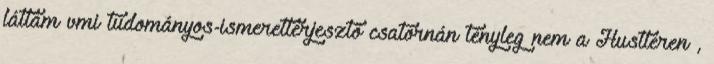
láttam vmi tudományos-ismeretterjesztő csatornán tényleg nem a Hustleren ,